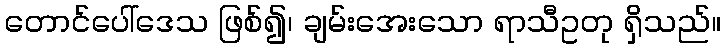
တောင်ပေါ်ဒေသ ဖြစ်၍၊ ချမ်းအေးသော ရာသီဥတု ရှိသည်။